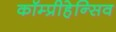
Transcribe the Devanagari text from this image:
कॉम्प्रीहेन्सिव